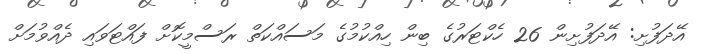
އޭދަފުށި: އޭދަފުށިން 26 ހެކްޓަރުގެ ބިން ހިއްކުމުގެ މަސައްކަތް ރަސްމީކޮށް ފައްޓަވައި ދެއްވުމަށް